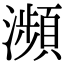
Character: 瀕